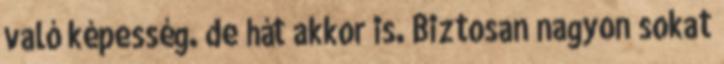
való képesség. de hát akkor is. Biztosan nagyon sokat